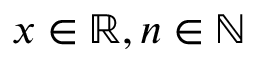
x \in \mathbb { R } , n \in \mathbb { N }